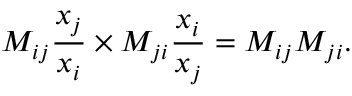
M _ { i j } \frac { x _ { j } } { x _ { i } } \times M _ { j i } \frac { x _ { i } } { x _ { j } } = M _ { i j } M _ { j i } .